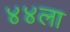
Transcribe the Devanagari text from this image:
४४ला